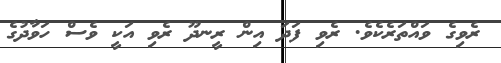
ރެވިގެ ވައްތަރެކެވެ. ރެވި ފަދަ އިން ރީނދޫ ރެވި އަކީ ވެސް ހަވާދުގެ